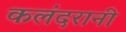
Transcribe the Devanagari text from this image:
कलंदरानी